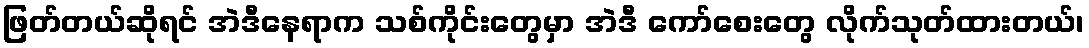
ဖြတ်တယ်ဆိုရင် အဲဒီနေရာက သစ်ကိုင်းတွေမှာ အဲဒီ ကော်စေးတွေ လိုက်သုတ်ထားတယ်၊